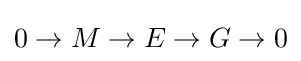
0\to M\to E\to G\to 0